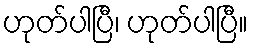
ဟုတ်ပါပြီ၊ ဟုတ်ပါပြီ။